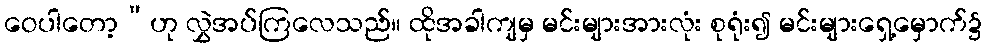
ဝေပါတော့”ဟု လွှဲအပ်ကြလေသည်။ ထိုအခါကျမှ မင်းများအားလုံး စုရုံး၍ မင်းများရှေ့မှောက်၌